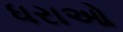
ધરાઓ